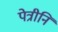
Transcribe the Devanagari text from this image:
पेत्रीनि